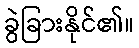
ခွဲခြားနိုင်၏။